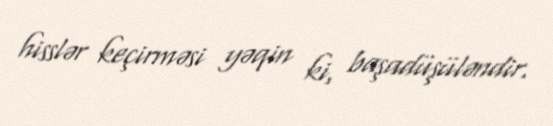
hisslər keçirməsi yəqin ki, başadüşüləndir.